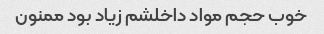
خوب حجم مواد داخلشم زیاد بود ممنون